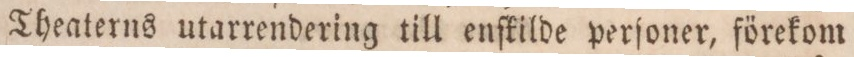
Theaterns utarrendering till enſkilde perſoner, förekom